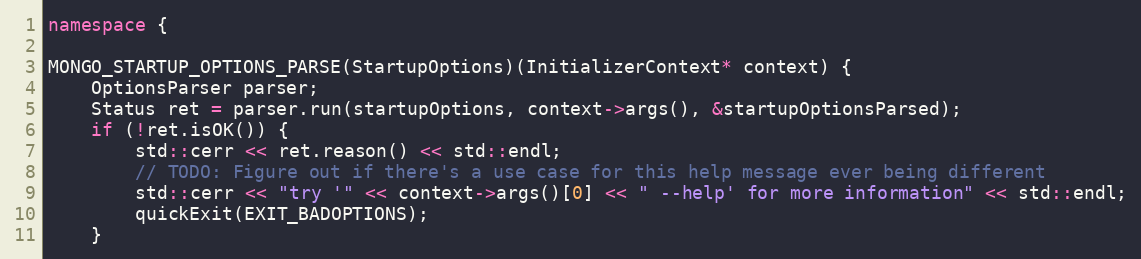
Language: C++
namespace {

MONGO_STARTUP_OPTIONS_PARSE(StartupOptions)(InitializerContext* context) {
    OptionsParser parser;
    Status ret = parser.run(startupOptions, context->args(), &startupOptionsParsed);
    if (!ret.isOK()) {
        std::cerr << ret.reason() << std::endl;
        // TODO: Figure out if there's a use case for this help message ever being different
        std::cerr << "try '" << context->args()[0] << " --help' for more information" << std::endl;
        quickExit(EXIT_BADOPTIONS);
    }